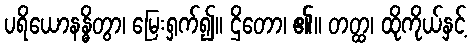
ပရိယောနန္ဓိတွာ၊ မြေးရှက်၍။ ဌိတော၊ ၏။ တတ္ထ၊ ထိုကိုယ်နှင့်